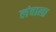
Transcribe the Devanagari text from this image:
लंबाला